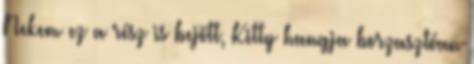
Nekem ez a rész is bejött, Kitty hangja borzasztóan